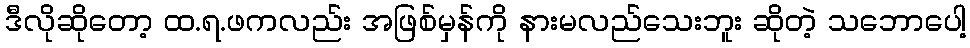
ဒီလိုဆိုတော့ ထ.ရ.ဖကလည်း အဖြစ်မှန်ကို နားမလည်သေးဘူး ဆိုတဲ့ သဘောပေါ့